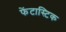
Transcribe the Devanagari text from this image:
फेंटास्टिक